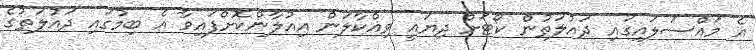
އެ މައްސަލައިގައި ދައުލަތުން ކޯޓަށް ދިޔައީ ވިއްކާލަން އިއުލާންކޮށްފައިވާ އެ ބިމުގައި ދައުލަތުގެ